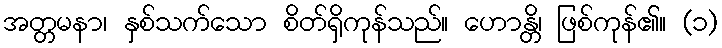
အတ္တမနာ၊ နှစ်သက်သော စိတ်ရှိကုန်သည်။ ဟောန္တိ၊ ဖြစ်ကုန်၏။ (၁)